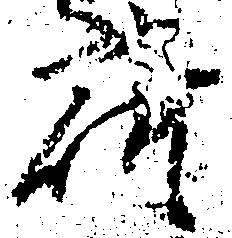
荷